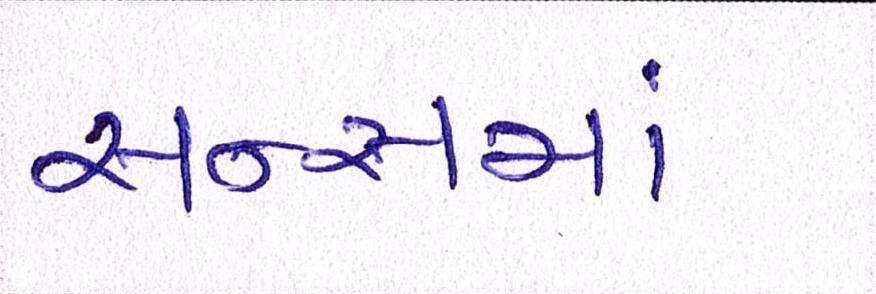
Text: સન્સમાં